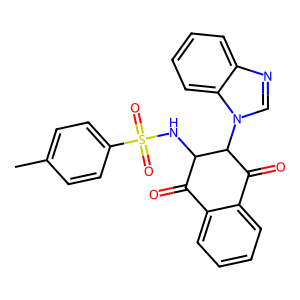
SMILES: Cc1ccc(S(=O)(=O)NC2C(=O)c3ccccc3C(=O)C2n2cnc3ccccc32)cc1
Inhibits HIV replication: No